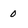
Character: 0